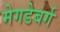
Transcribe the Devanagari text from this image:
मेगडेबर्ग